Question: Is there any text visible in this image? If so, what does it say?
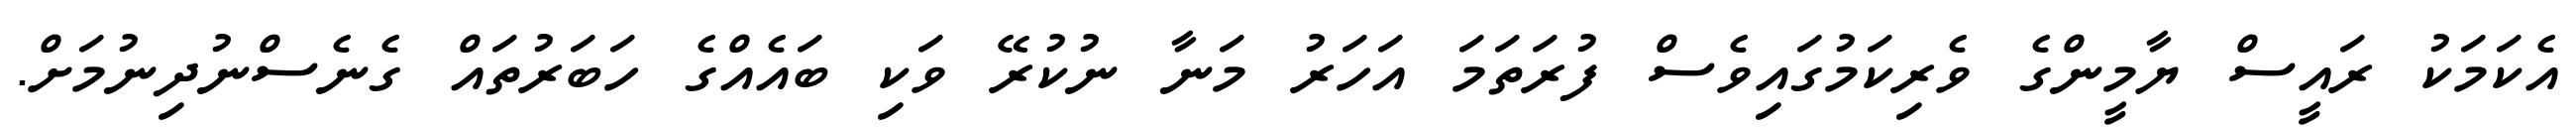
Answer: އެކަމަކު ރައީސް ޔާމީންގެ ވެރިކަމުގައިވެސް ފުރަތަމަ އަހަރު މަނާ ނުކުރޭ ވަކި ބައެއްގެ ހަބަރުތައް ގެނެސްނުދިނުމަށް.